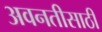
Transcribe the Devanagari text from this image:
अवनतीसाठी